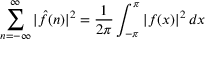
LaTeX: \sum _ { n = - \infty } ^ { \infty } | { \hat { f } } ( n ) | ^ { 2 } = { \frac { 1 } { 2 \pi } } \int _ { - \pi } ^ { \pi } | f ( x ) | ^ { 2 } \, d x